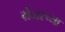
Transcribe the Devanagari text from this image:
ग्रेंजरच्या